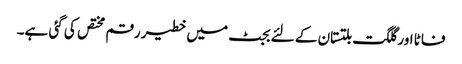
فاٹا اور گلگت بلتستان کے لئے بجٹ میں خطیر رقم مختص کی گئی ہے۔